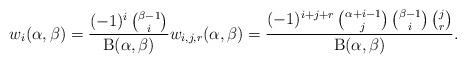
LaTeX: \begin{align*}w_i(\alpha,\beta)=\frac{(-1)^i\,\binom{\beta-1}{i}}{\mathrm{B}(\alpha,\beta)}w_{i,j,r}(\alpha,\beta)=\frac{(-1)^{i+j+r}\,\binom{\alpha+i-1}{j}\,\binom{\beta-1}{i}\,\binom{j}{r}}{\mathrm{B}(\alpha,\beta)}.\end{align*}